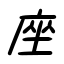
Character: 座